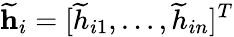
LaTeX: \mathbf{\widetilde{h}}_{i}=[\widetilde{h}_{i1},\dots,\widetilde{h}_{in}]^{T}